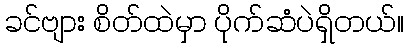
ခင်ဗျား စိတ်ထဲမှာ ပိုက်ဆံပဲရှိတယ်။